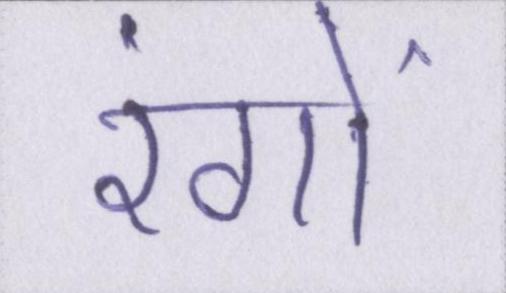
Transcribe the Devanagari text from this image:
रंगों